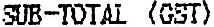
SUB-TOTAL (GST)